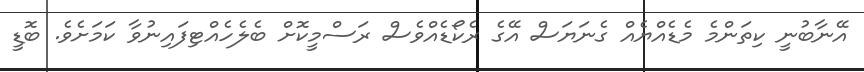
އޭނާބުނީ ކިތަންމެ މެޑެއްޔެއް ގެނަޔަސް އޭގެ ރެކޯޑެއްވެސް ރަސްމީކޮށް ބެލެހެއްޓިފައިނުވާ ކަމަށެވެ. ބޮޑީ